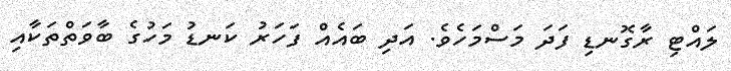
ލައްޓި ރާގޮނޑި ފަދަ މަސްމަހެވެ. އަދި ބައެއް ފަަހަރު ކަނޑު މަހުގެ ބާވަތްތަކާއި